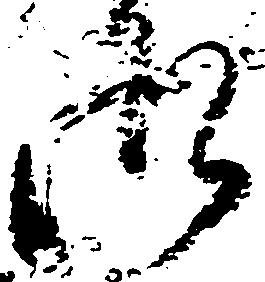
御